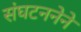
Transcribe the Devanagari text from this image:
संघटननेने